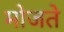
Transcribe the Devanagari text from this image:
मोजते